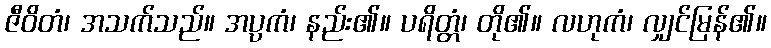
ဇီဝိတံ၊ အသက်သည်။ အပ္ပကံ၊ နည်း၏။ ပရိတ္တံ၊ တို၏။ လဟုကံ၊ လျှင်မြန်၏။